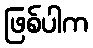
ဖြစ်ပါက